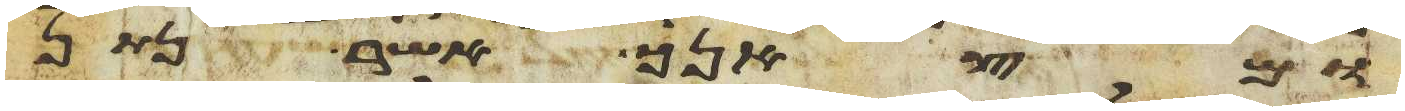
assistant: ומצאנך אשר נתן